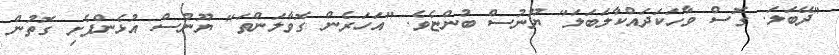
"ދޭބަލަ. ގޮސް ވާހަކަދައްކާލަބަލަ" ޔޫނުސް ބުންޏެވެ. "އަހަރެން ގޮވާލަންތަ" ޔޫނުސް އުޅެންފެށި ގޮތުން